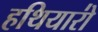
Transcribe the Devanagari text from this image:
हथियारो॑